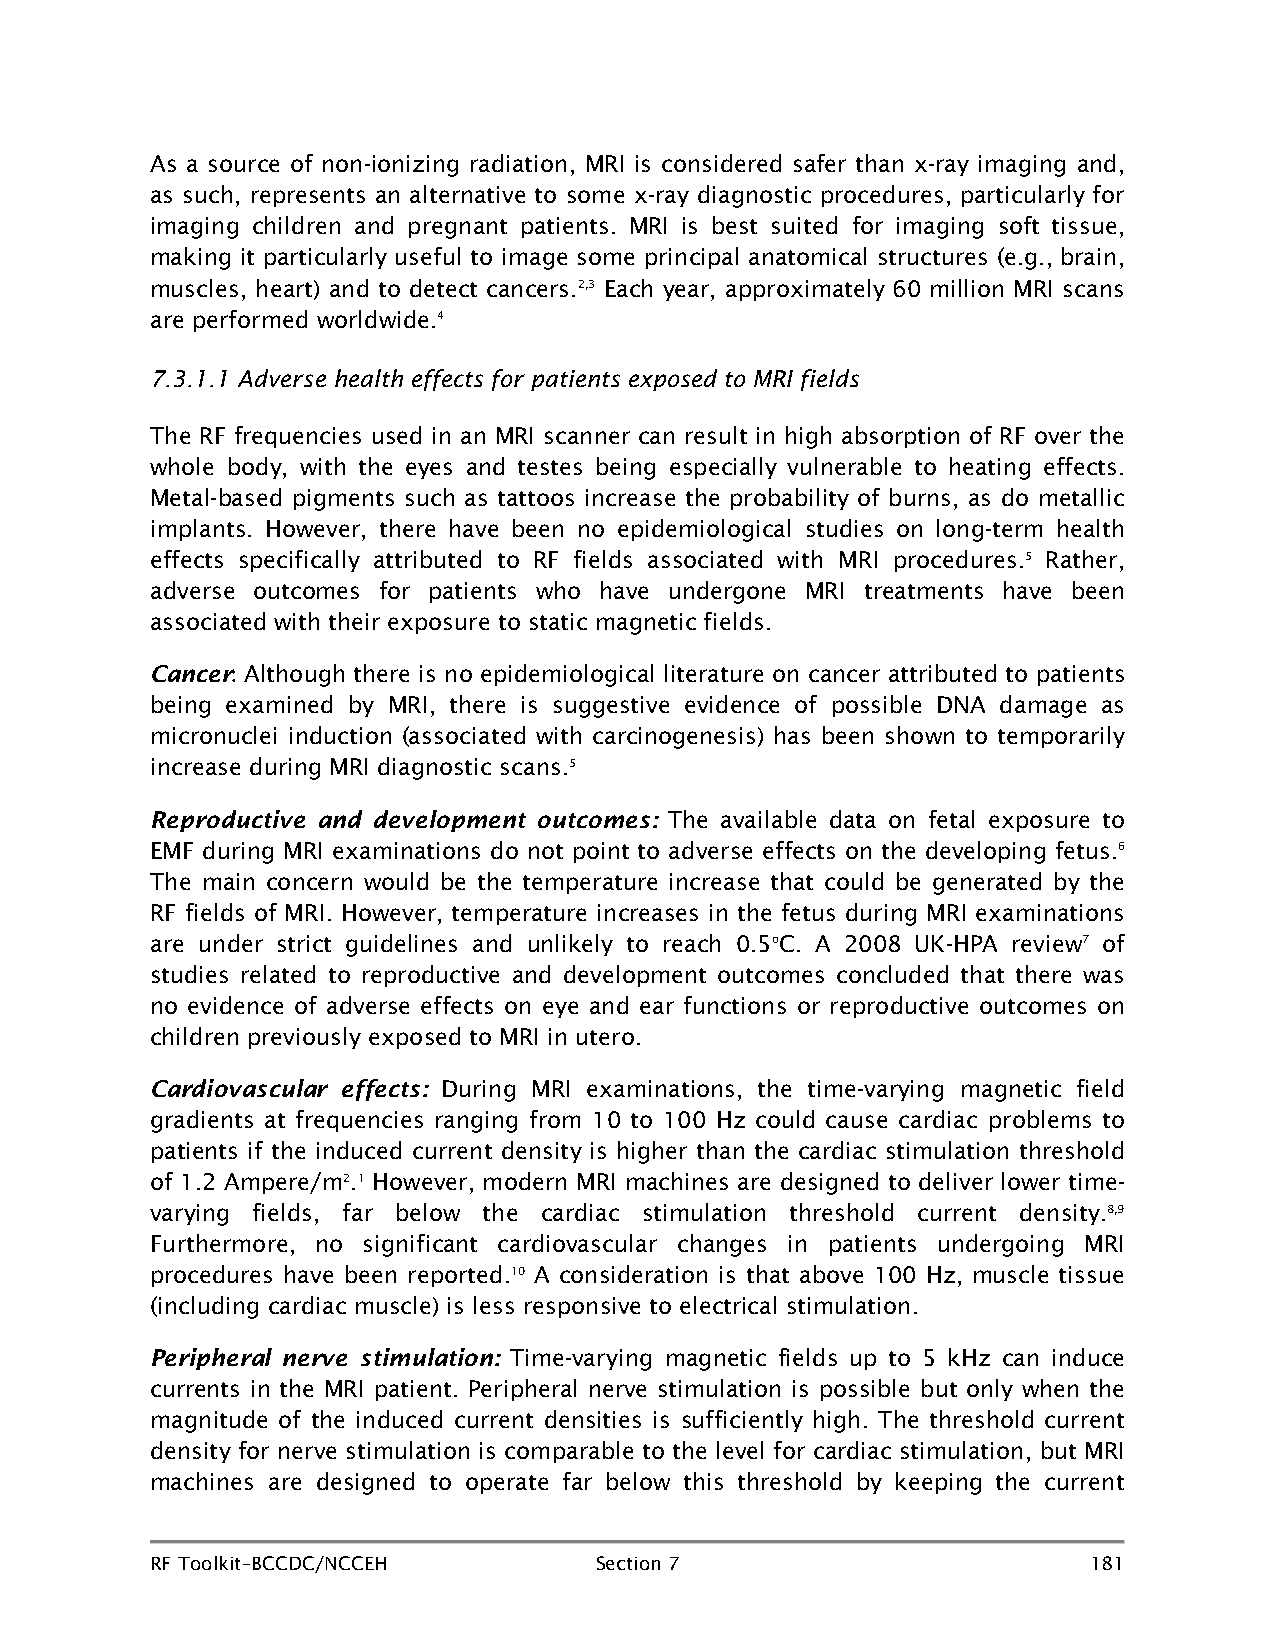
As a source of non-ionizing radiation, MRI is considered safer than x-ray imaging and,
 as such, represents an alternative to some x-ray diagnostic procedures, particularly for
 imaging children and pregnant patients. MRI is best suited for imaging soft tissue,
 making it particularly useful to image some principal anatomical structures (e.g., brain,
 muscles, heart) and to detect cancers.2,3 Each year, approximately 60 million MRI scans
 are performed worldwide.4
 7.3.1.1 Adverse health effects for patients exposed to MRI fields
 The RF frequencies used in an MRI scanner can result in high absorption of RF over the
 whole body, with the eyes and testes being especially vulnerable to heating effects.
 Metal-based pigments such as tattoos increase the probability of burns, as do metallic
 implants. However, there have been no epidemiological studies on long-term health
 effects specifically attributed to RF fields associated with MRI procedures.5 Rather,
 adverse outcomes for patients who have undergone MRI treatments have been
 associated with their exposure to static magnetic fields.
 Cancer Although there is no epidemiological literature on cancer attributed to patients
 :
 being examined by MRI, there is suggestive evidence of possible DNA damage as
 micronuclei induction (associated with carcinogenesis) has been shown to temporarily
 increase during MRI diagnostic scans.5
 Reproductive and development outcomes: The available data on fetal exposure to
 EMF during MRI examinations do not point to adverse effects on the developing fetus.6
 The main concern would be the temperature increase that could be generated by the
 RF fields of MRI. However, temperature increases in the fetus during MRI examinations
 are under strict guidelines and unlikely to reach 0.5oC. A 2008 UK-HPA review7 of
 studies related to reproductive and development outcomes concluded that there was
 no evidence of adverse effects on eye and ear functions or reproductive outcomes on
 children previously exposed to MRI in utero.
 Cardiovascular effects: During MRI examinations, the time-varying magnetic field
 gradients at frequencies ranging from 10 to 100 Hz could cause cardiac problems to
 patients if the induced current density is higher than the cardiac stimulation threshold
 of 1.2 Ampere/m2.1 However, modern MRI machines are designed to deliver lower time-
 varying fields, far below the cardiac stimulation threshold current density.8,9
 Furthermore, no significant cardiovascular changes in patients undergoing MRI
 procedures have been reported.10 A consideration is that above 100 Hz, muscle tissue
 (including cardiac muscle) is less responsive to electrical stimulation.
 Peripheral nerve stimulation: Time-varying magnetic fields up to 5 kHz can induce
 currents in the MRI patient. Peripheral nerve stimulation is possible but only when the
 magnitude of the induced current densities is sufficiently high. The threshold current
 density for nerve stimulation is comparable to the level for cardiac stimulation, but MRI
 machines are designed to operate far below this threshold by keeping the current
 RF Toolkit–BCCDC/NCCEH       Section 7                        181